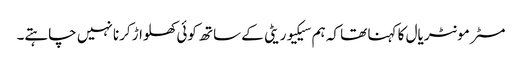
مسٹر مونٹریال کا کہنا تھا کہ ہم سیکیوریٹی کے ساتھ کوئی کھلواڑ کرنا نہیں چاہتے۔